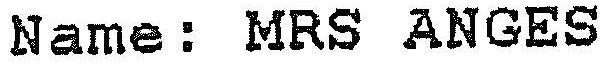
NAME: MRS ANGES